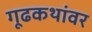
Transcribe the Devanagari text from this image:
गूढकथांवर